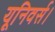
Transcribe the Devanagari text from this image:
यूनिवर्स।